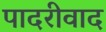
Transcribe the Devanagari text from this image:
पादरीवाद